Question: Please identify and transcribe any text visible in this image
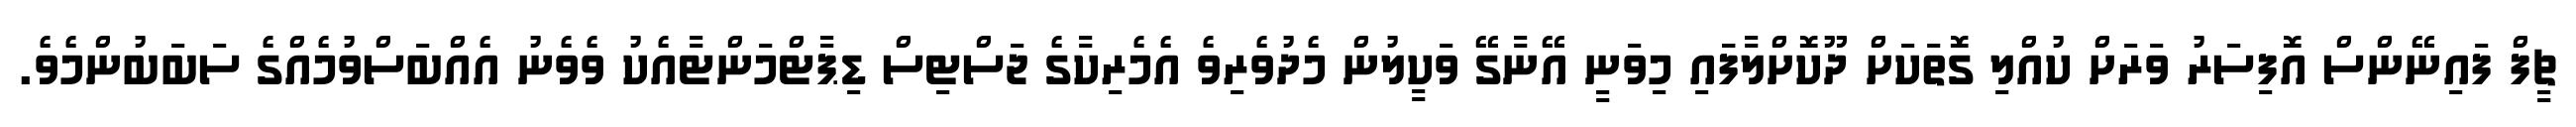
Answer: ޗީފް ފައިނޭންސް އޮފިސަރު ވަރަށް ކުއްލި ގޮތަކަށް ދޫކޮށްލާފަައި މިވަނީ އޭނާގޭ ވަކީލުން މެދުވެރިވެ އެމެރިކާގެ ޖަސްޓިސް ޑިޕާޓްމަންޓާއެކު ވެވެނު އެއްބަސްވުމެއްގެ ސަބަބުންމެވެ.